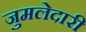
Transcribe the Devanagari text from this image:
जुमलेदारी